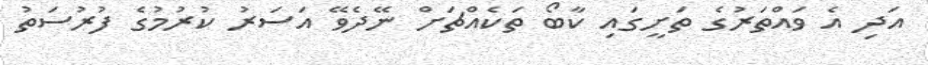
އަދި އެ ވައްތަރުގެ ތަށީގައި ކާބޯ ތަކެއްޗަށް ނޭދެވޭ އަސަރު ކުރުމުގެ ފުރުސަތު